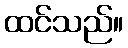
ထင်သည်။